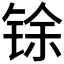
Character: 𮸋